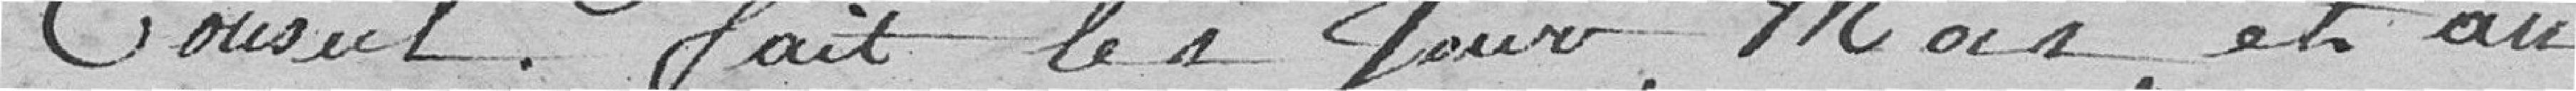
conseil fait les jour, mois et an